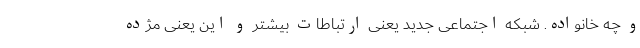
و چه خانواده. شبکه اجتماعی جدید یعنی ارتباطات بیشتر و این یعنی مژده